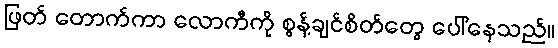
ဖြတ် တောက်ကာ လောကီကို စွန့်ချင်စိတ်တွေ ပေါ်နေသည်။